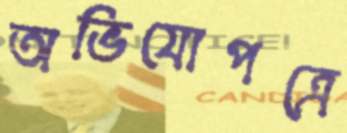
অভিযোপত্রে